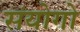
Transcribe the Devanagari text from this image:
संयोगो